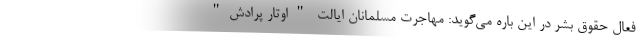
فعال حقوق بشر در این باره می‌گوید: مهاجرت مسلمانان ایالت "اوتار پرادش"